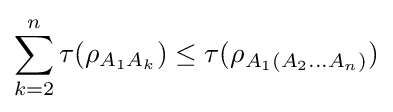
\sum _{k=2}^{n}\tau (\rho _{A_{1}A_{k}})\leq \tau (\rho _{A_{1}(A_{2}{\ldots }A_{n})})